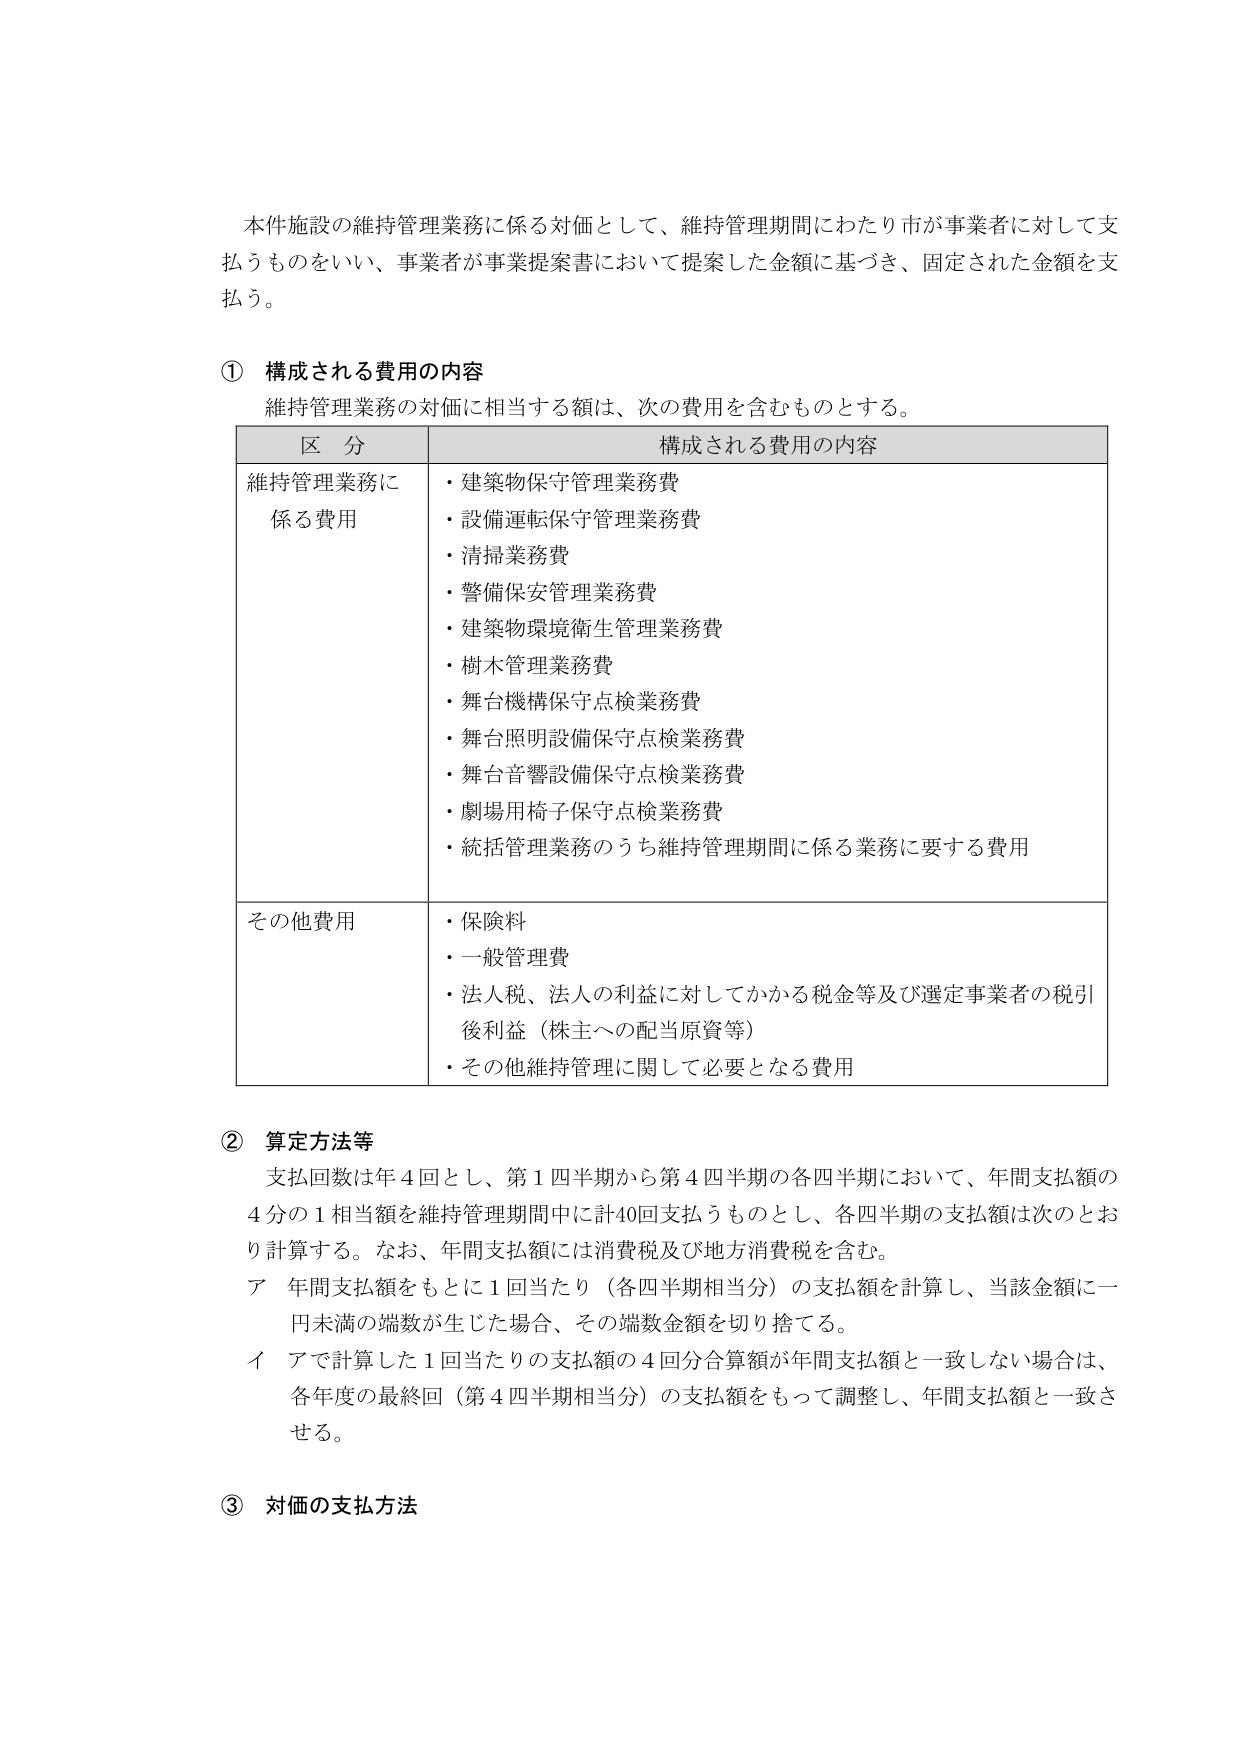
本件施設の維持管理業務に係る対価として、維持管理期間にわたり市が事業者に対して支払うものをいい、事業者が事業提案書において提案した金額に基づき、固定された金額を支払う。

① 構成される費用の内容
維持管理業務の対価に相当する額は、次の費用を含むものとする。

| 区分 | 構成される費用の内容 |
|------|----------------------|
| 維持管理業務に係る費用 | ・建築物保守管理業務費<br>・設備運転保守管理業務費<br>・清掃業務費<br>・警備保安管理業務費<br>・建築物環境衛生管理業務費<br>・樹木管理業務費<br>・舞台機構保守点検業務費<br>・舞台照明設備保守点検業務費<br>・舞台音響設備保守点検業務費<br>・劇場用椅子保守点検業務費<br>・統括管理業務のうち維持管理期間に係る業務に要する費用 |
| その他費用 | ・保険料<br>・一般管理費<br>・法人税、法人の利益に対してかかる税金等及び選定事業者の税引後利益（株主への配当原資等）<br>・その他維持管理に関して必要となる費用 |

② 算定方法等
支払回数は年4回とし、第1四半期から第4四半期の各四半期において、年間支払額の4分の1相当額を維持管理期間中に計40回支払うものとし、各四半期の支払額は次のとおり計算する。なお、年間支払額には消費税及び地方消費税を含む。
ア 年間支払額をもとに1回当たり（各四半期相当分）の支払額を計算し、当該金額に一円未満の端数が生じた場合、その端数金額を切り捨てる。
イ アで計算した1回当たりの支払額の4回分合算額が年間支払額と一致しない場合は、各年度の最終回（第4四半期相当分）の支払額をもって調整し、年間支払額と一致させる。

③ 対価の支払方法